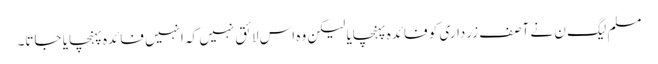
مسلم لیگ ن نے آصف زرداری کو فائدہ پہنچایا لیکن وہ اس لائق نہیں کہ انہیں فائدہ پہنچایا جاتا۔